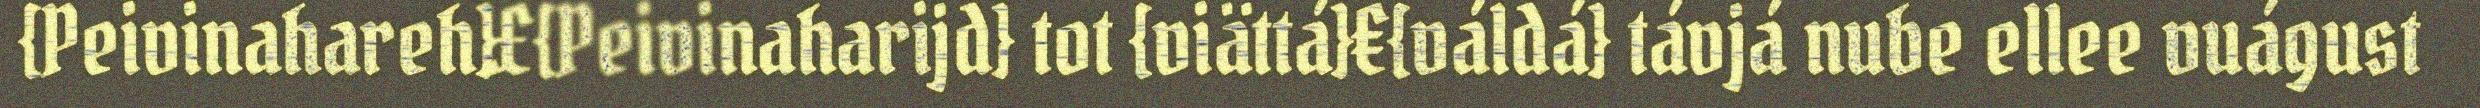
{Peivinahareh}£{Peivinaharijd} tot {viättá}€{váldá} távjá nube ellee vuágust